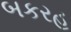
બકરહ